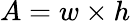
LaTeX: A=w\times h